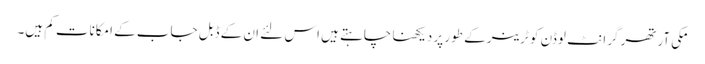
مکی آرتھر گرانٹ لوڈن کو ٹرینر کے طور پر دیکھنا چاہتے ہیں اس لئے ان کے ڈبل جاب کے امکانات کم ہیں۔